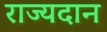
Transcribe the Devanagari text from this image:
राज्यदान